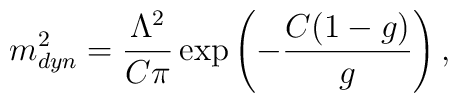
m^2_{dyn} = \frac{\Lambda^2}{C\pi}            \exp\left(-\frac{C(1-g)}{g}\right),